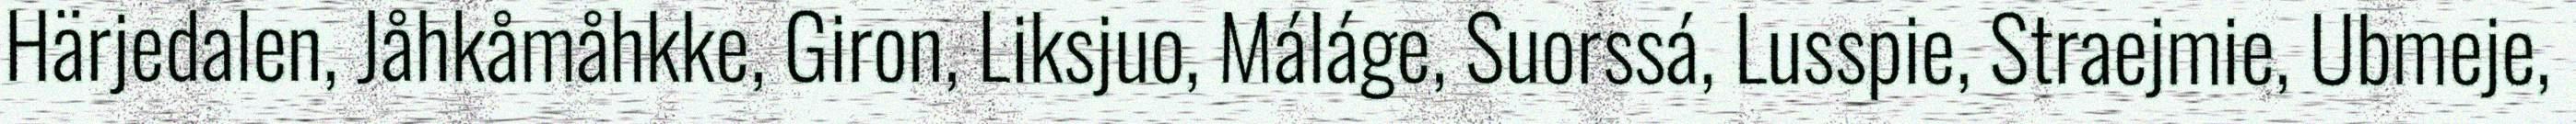
Härjedalen, Jåhkåmåhkke, Giron, Liksjuo, Máláge, Suorssá, Lusspie, Straejmie, Ubmeje,